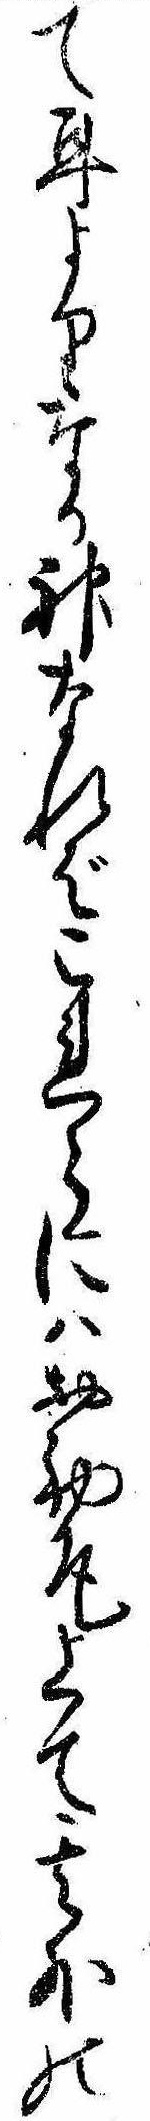
て耳よりなる神なればこれらにはお初尾上て其外の